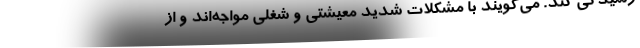
رسیدگی کند. می‌گویند با مشکلات شدید معیشتی و شغلی مواجه‌اند و از